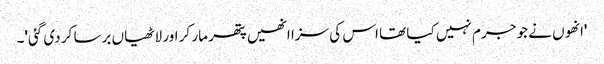
'انھوں نے جو جرم نہیں کیا تھا اس کی سزا انھیں پتھر مار کر اور لاٹھیاں برسا کر دی گئی'۔